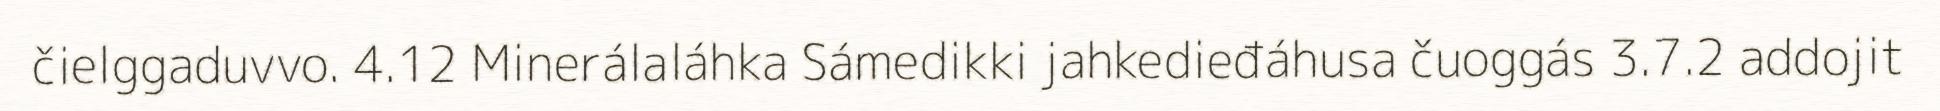
čielggaduvvo. 4.12 Minerálaláhka Sámedikki jahkedieđáhusa čuoggás 3.7.2 addojit